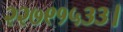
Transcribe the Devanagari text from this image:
२२७९१५३३।